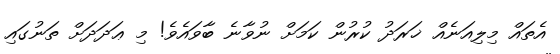
އެތައް މިލިއަނެއް ޚަރަދު ކުރުން ކަމަށް ނުވާނެ ބާވައެވެ! މި ޢަދަދަށް ތަނުގައި